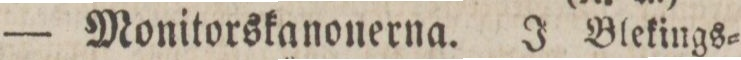
— Monitorskanonerna. J Blekings=